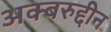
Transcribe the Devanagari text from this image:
अक्बरुद्दीन